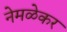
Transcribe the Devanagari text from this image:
नेमळेकर